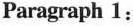
Paragraph 1: